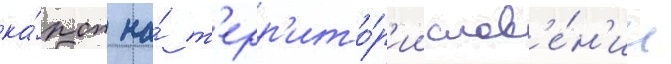
ка́рст на́ т'ерр'ито́р'ии слов'е́н'ии